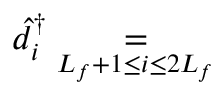
\begin{array} { r } { \hat { d } _ { i } ^ { \dagger } \underset { L _ { f } + 1 \leq i \leq 2 L _ { f } } { = } } \end{array}